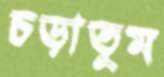
চড়াতুম